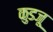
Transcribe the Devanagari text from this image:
कुडजू